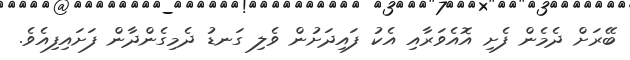
ބޭރަށް ދެމެން ފެށި އޮއެވަރާއި އެކު ފައިދަށުން ވެލި ގަނޑު ދެމިގެންދާން ފަށައިފިއެވެ.